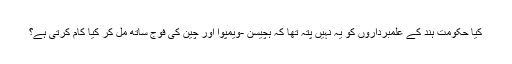
کیا حکومت ہند کے علمبرداروں کو یہ نہیں پتہ تھا کہ ہچیسن -ویمپوآ اور چین کی فوج ساتھ مل کر کیا کام کرتی ہے؟